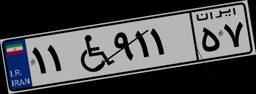
۱۴W۱۹۰۹۵